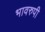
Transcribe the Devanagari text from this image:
भावरुपी